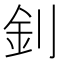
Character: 釗